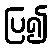
ပြ၍